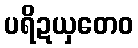
ပရိဍယှတေဝ